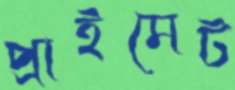
প্রাইমেট